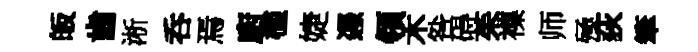
皈齒淅呑焉廚檻婕慿領木咎碍茱襍师殛荻筆